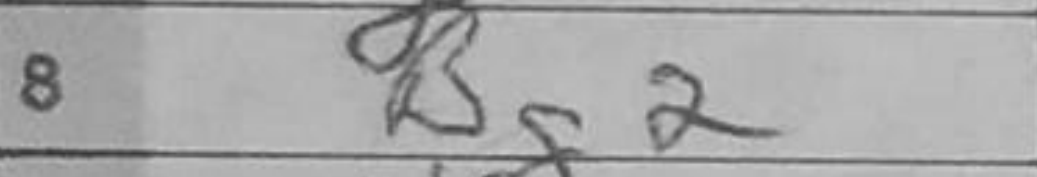
Transcription: Bg2